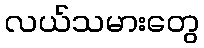
လယ်သမားတွေ